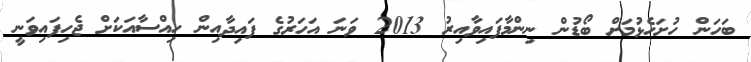
ބަހަން ހުށަހެޅުމަށް ބޯޑުން ނިންމާފައިވާއިރު 2013 ވަނަ އަހަރުގެ ފައިދާއިން ހިއްސާއަކަށް ޖެހިފައިވަނީ